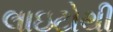
લાઇટોથી